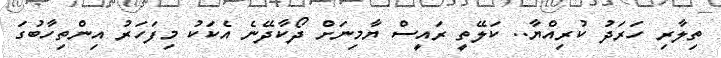
ތިލާރި ހަރަދު ކުރިއްޔާ.. ކަލޭތީ ރައީސް ޔާމިނަށް ދޯކާދޭނެ އެކަކު މިފަހަރު އިންތިހާބުގަ